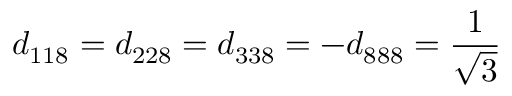
d _ { 1 1 8 } = d _ { 2 2 8 } = d _ { 3 3 8 } = - d _ { 8 8 8 } = { \frac { 1 } { \sqrt { 3 } } }